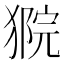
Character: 𤠴